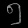
Digit: ၅